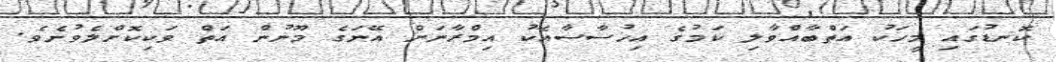
ކޮނޑުގައި މީހަކު އަތްބާއްވާލި ކަމުގެ އިހުސާސާއެކު އިމްރާނަށް އޭނަގެ މޫނުން އަތް ވަކިކޮށްލެވުނެވެ.